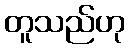
တူသည်ဟု